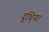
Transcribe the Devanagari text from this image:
दूधि्या